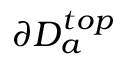
\partial D _ { a } ^ { t o p }